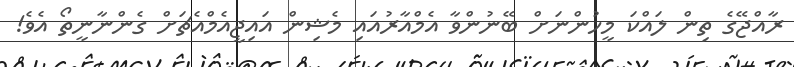
ރާއްޖޭގެ ތިން ލައްކަ މީހުންނަށް ބޭނުންވާ އެމްއާރުއައި މެޝިން އައިޖީއެމްއެޗަށް ގެންނާނީތޯ އެވެ!